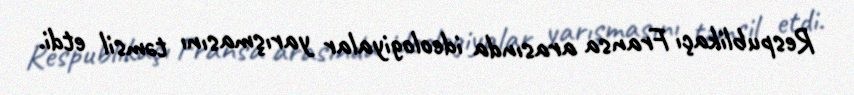
Respublikaçı Fransa arasında ideologiyalar yarışmasını təmsil etdi.